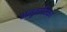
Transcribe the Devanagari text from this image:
अनुवादिका